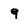
Character: 9